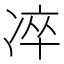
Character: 𠗚